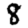
Digit: 8